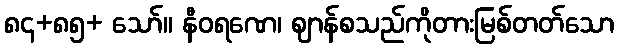
၈၄+၈၅+ သော်။ နီဝရဏေ၊ ဈာန်စသည်ကိုတားမြစ်တတ်သော